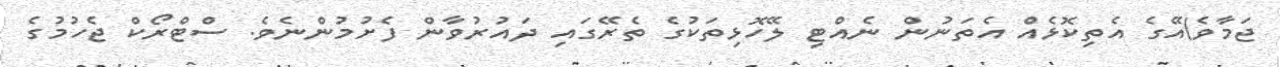
ޖަމާވެ)އޭގެ އެތިކޮޅެއް އެތަނުން ނެއްޓި ލޭހޮޅިތަކުގެ ތެރޭގައި ދައުރުވާން ފެށުމުންނެވެ. ސްޓްރޯކް ޖެހުމުގެ